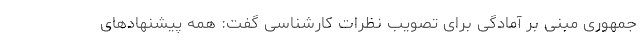
جمهوری مبنی بر آمادگی برای تصویب نظرات کارشناسی گفت: همه پیشنهادهای